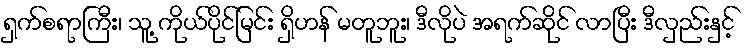
ရှက်စရာကြီး၊ သူ့ ကိုယ်ပိုင်မြင်း ရှိဟန် မတူဘူး၊ ဒီလိုပဲ အရက်ဆိုင် လာပြီး ဒီလှည်းနှင့်